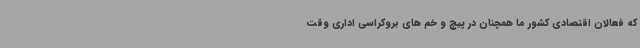
که فعالان اقتصادی کشور ما همچنان در پیچ و خم های بروکراسی اداری وقت